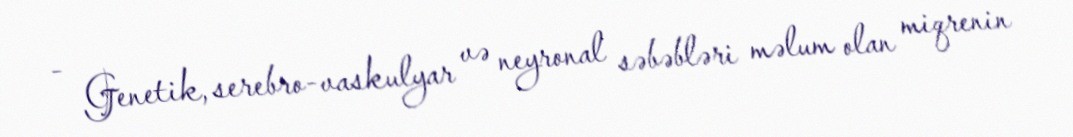
- Genetik, serebro-vaskulyar və neyronal səbəbləri məlum olan miqrenin